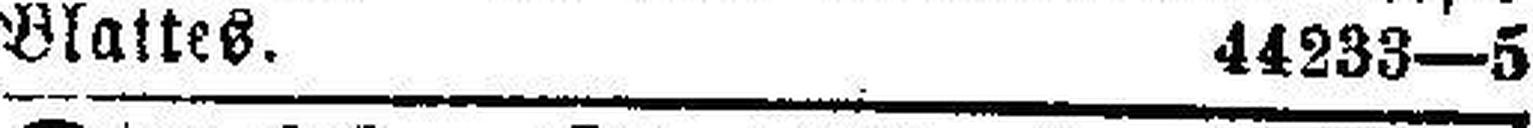
Blattes. 44233—5